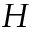
H